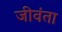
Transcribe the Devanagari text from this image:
जीवंता